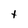
Character: t